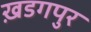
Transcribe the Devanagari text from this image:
ख़डगपुर